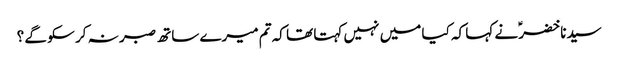
سیدنا خضرؑ نے کہا کہ کیا میں نہیں کہتا تھا کہ تم میرے ساتھ صبر نہ کر سکو گے ؟